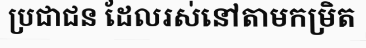
ប្រជាជន ដែលរស់នៅតាមកម្រិត